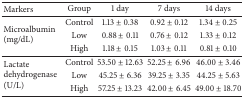
<table><thead><tr><td><b>Markers</b></td><td><b>Group</b></td><td><b>1 day</b></td><td><b>7 days</b></td><td><b>14 days</b></td></tr></thead><tbody><tr><td rowspan="3">Microalbumin (mg/dL)</td><td>Control</td><td>1.13 ± 0.38</td><td>0.92 ± 0.12</td><td>1.34 ± 0.25</td></tr><tr><td>Low</td><td>0.88 ± 0.11</td><td>0.76 ± 0.12</td><td>1.33 ± 0.12</td></tr><tr><td>High</td><td>1.18 ± 0.15</td><td>1.03 ± 0.11</td><td>0.81 ± 0.10</td></tr><tr><td rowspan="3">Lactate dehydrogenase (U/L)</td><td>Control</td><td>53.50 ± 12.63</td><td>52.25 ± 6.96</td><td>46.00 ± 3.46</td></tr><tr><td>Low</td><td>45.25 ± 6.36</td><td>39.25 ± 3.35</td><td>44.25 ± 5.63</td></tr><tr><td>High</td><td>57.25 ± 13.23</td><td>42.00 ± 6.45</td><td>49.00 ± 18.70</td></tr></tbody></table>